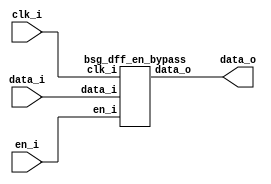


module top
(
  clk_i,
  en_i,
  data_i,
  data_o
);

  input [31:0] data_i;
  output [31:0] data_o;
  input clk_i;
  input en_i;

  bsg_dff_en_bypass
  wrapper
  (
    .data_i(data_i),
    .data_o(data_o),
    .clk_i(clk_i),
    .en_i(en_i)
  );


endmodule



module bsg_dff_en_width_p32_harden_p0_strength_p0
(
  clk_i,
  data_i,
  en_i,
  data_o
);

  input [31:0] data_i;
  output [31:0] data_o;
  input clk_i;
  input en_i;
  reg [31:0] data_o;

  always @(posedge clk_i) begin
    if(en_i) begin
      { data_o[31:0] } <= { data_i[31:0] };
    end 
  end


endmodule



module bsg_dff_en_bypass
(
  clk_i,
  en_i,
  data_i,
  data_o
);

  input [31:0] data_i;
  output [31:0] data_o;
  input clk_i;
  input en_i;
  wire [31:0] data_o,data_r;
  wire N0,N1,N2,N3;

  bsg_dff_en_width_p32_harden_p0_strength_p0
  dff
  (
    .clk_i(clk_i),
    .data_i(data_i),
    .en_i(en_i),
    .data_o(data_r)
  );

  assign data_o = (N0)? data_i : 
                  (N1)? data_r : 1'b0;
  assign N0 = N3;
  assign N1 = N2;
  assign N2 = ~en_i;
  assign N3 = en_i;

endmodule